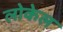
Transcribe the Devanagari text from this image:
लोकेल